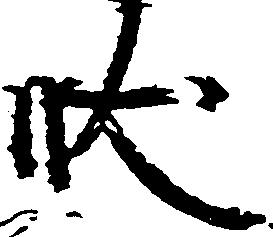
状